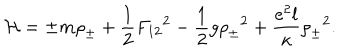
{ \cal H } = { \pm } m { \rho } _ { \pm } + { \frac { 1 } { 2 } } { F _ { 1 2 } } ^ { 2 } - { \frac { 1 } { 2 } } g { { \rho } _ { \pm } } ^ { 2 } + { \frac { e ^ { 2 } l } { \kappa } } { { \rho } _ { \pm } } ^ { 2 } .